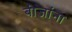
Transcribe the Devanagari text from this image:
बीजांना